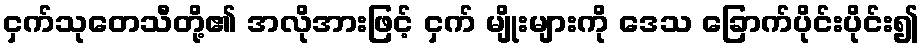
ငှက်သုတေသီတို့၏ အလိုအားဖြင့် ငှက် မျိုးများကို ဒေသ ခြောက်ပိုင်းပိုင်း၍